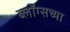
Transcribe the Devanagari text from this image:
ब्लॉग्सच्या